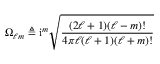
\Omega _ { \ell m } \triangleq \mathrm { i } ^ { m } \sqrt { \frac { ( 2 \ell + 1 ) ( \ell - m ) ! } { 4 \pi \ell ( \ell + 1 ) ( \ell + m ) ! } }